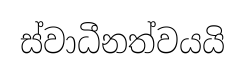
ස්වාධීනත්වයයි